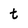
Character: t